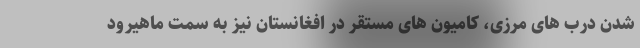
شدن درب های مرزی، کامیون های مستقر در افغانستان نیز به سمت ماهیرود